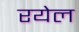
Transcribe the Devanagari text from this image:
रयेल